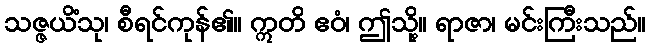
သဇ္ဇယိံသု၊ စီရင်ကုန်၏။ ဣတိ ဧဝံ၊ ဤသို့။ ရာဇာ၊ မင်းကြီးသည်။